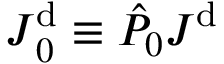
\boldsymbol { J } _ { 0 } ^ { \mathrm { d } } \equiv \hat { P } _ { 0 } \boldsymbol { J } ^ { \mathrm { d } }